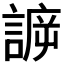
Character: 𧩯